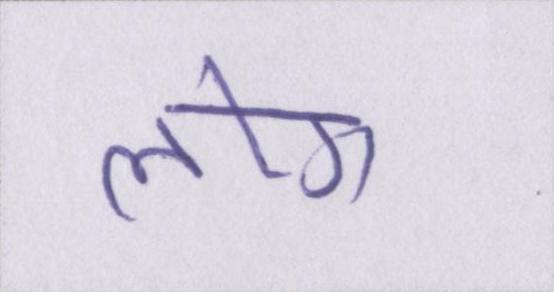
लोग